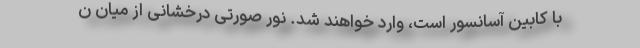
با کابین آسانسور است، وارد خواهند شد. نور صورتی درخشانی از میان ن